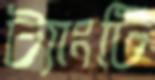
ট্যাংটি